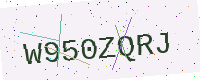
Text: W950ZQRJ